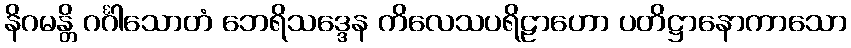
နိဂမန္တိ ဂင်္ဂါသောတံ ဘေရိသဒ္ဒေန ကိလေသပရိဠာဟော ပတိဋ္ဌာနောကာသော